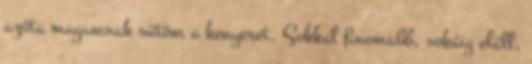
azóta magamnak sütöm a kenyeret. Sokkal finomabb, sokáig eláll,